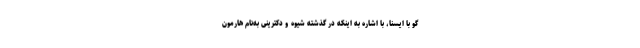
گو با ایسنا، با اشاره به اینکه در گذشته شیوه و دکترینی به‌نام هارمون